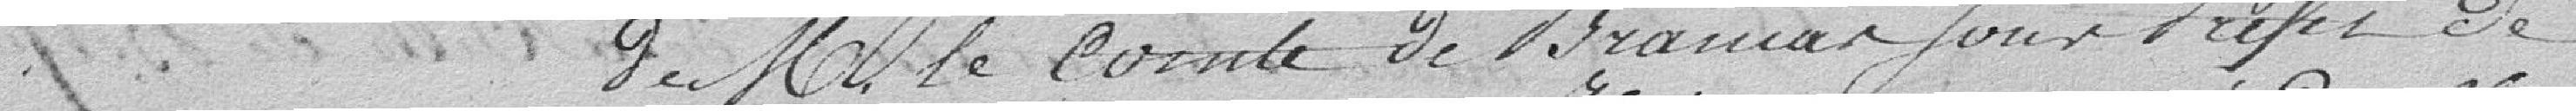
de Mr Le Consul de France, Sous Préfet de